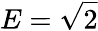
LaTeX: E=\sqrt{2}